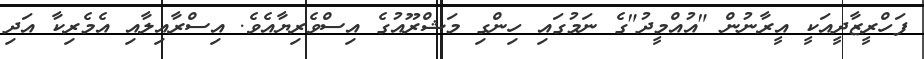
ފަހްރީޒާދީއަކީ އީރާނުން "އުއްމީދު"ގެ ނަމުގައި ހިންގި މަޝްރޫއުގެ އިސްވެރިޔާއެވެ. އިސްރާއިލާއި އެމެރިކާ އަދި